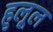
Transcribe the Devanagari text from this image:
हुलूल